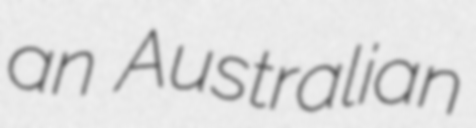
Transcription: an Australian